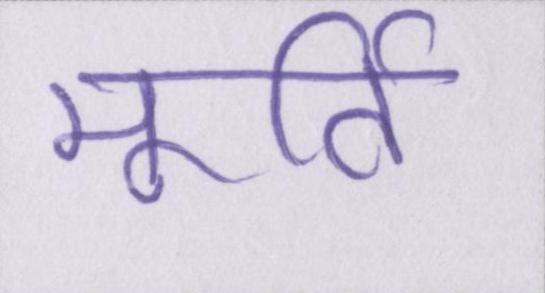
मूर्ति